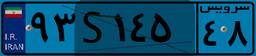
۵۱S۹۴۱۲۸